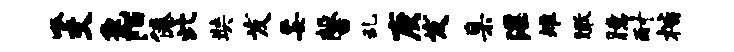
呱交兔陌倦此奘发妥馨乱庚发臬淫雉瞰臆耐楷